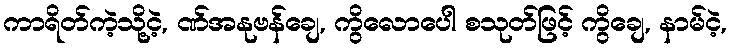
ကာရိတ်ကဲ့သို့ငဲ့, ဏ်အနုဗန်ချေ, ကွိလောပေါ စသုတ်ဖြင့် ကွိချေ, နာမ်ငဲ့,